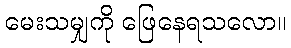
မေးသမျှကို ဖြေနေရသလော။